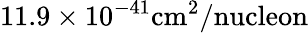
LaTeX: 11.9\times 10^{-41}\mathrm{cm}^{2}/\textrm{nucleon}